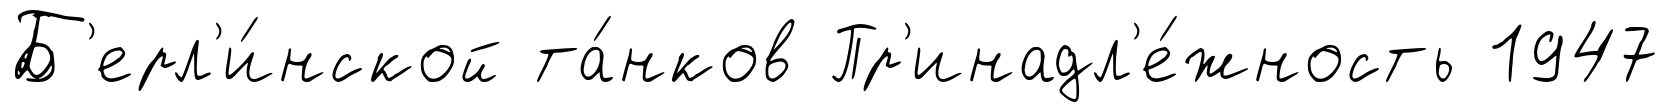
Б'ерл'и́нской та́нков Пр'инадл'е́жность 1947